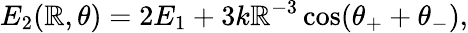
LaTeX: E_{2}(\mathbb{R},\theta)=2E_{1}+3k\mathbb{R}^{-3}\cos(\theta_{+}+\theta_{-}),